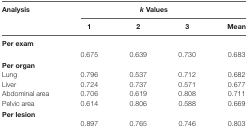
<table><thead><tr><td rowspan="2"><b>Analysis</b></td><td colspan="4"><b><i>k</i> Values</b></td></tr><tr><td><b>1</b></td><td><b>2</b></td><td><b>3</b></td><td><b>Mean</b></td></tr></thead><tbody><tr><td colspan="5"><b>Per exam</b></td></tr><tr><td></td><td>0.675</td><td>0.639</td><td>0.730</td><td>0.683</td></tr><tr><td colspan="5"><b>Per organ</b></td></tr><tr><td>Lung</td><td>0.796</td><td>0.537</td><td>0.712</td><td>0.682</td></tr><tr><td>Liver</td><td>0.724</td><td>0.737</td><td>0.571</td><td>0.677</td></tr><tr><td>Abdominal area</td><td>0.706</td><td>0.619</td><td>0.808</td><td>0.711</td></tr><tr><td>Pelvic area</td><td>0.614</td><td>0.806</td><td>0.588</td><td>0.669</td></tr><tr><td colspan="5"><b>Per lesion</b></td></tr><tr><td></td><td>0.897</td><td>0.765</td><td>0.746</td><td>0.803</td></tr></tbody></table>